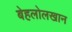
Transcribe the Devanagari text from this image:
बेहलोलखान